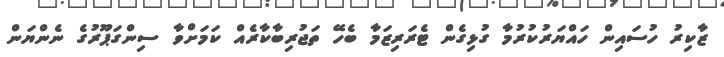
ޒާކިރު ހުސައިން ހައްޔަރުކުރުމާ ގުޅިގެން ޓެރަރިޒަމާ ބެހޭ ތަޖުރިބާކާރެއް ކަމަށްވާ ސިންގަޕޫރުގެ ނެންޔަން